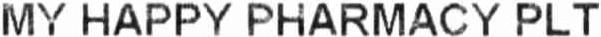
MY HAPPY PHARMACY PLT